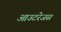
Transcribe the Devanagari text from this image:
आउटरेजस